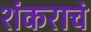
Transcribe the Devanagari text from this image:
शंकराच॓